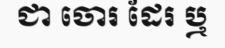
ជា ចោរ ដែរ ឬ